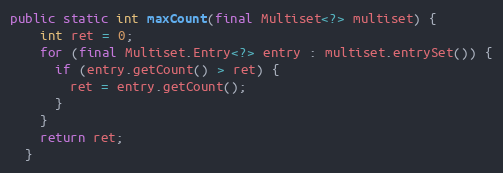
Language: Java
public static int maxCount(final Multiset<?> multiset) {
    int ret = 0;
    for (final Multiset.Entry<?> entry : multiset.entrySet()) {
      if (entry.getCount() > ret) {
        ret = entry.getCount();
      }
    }
    return ret;
  }